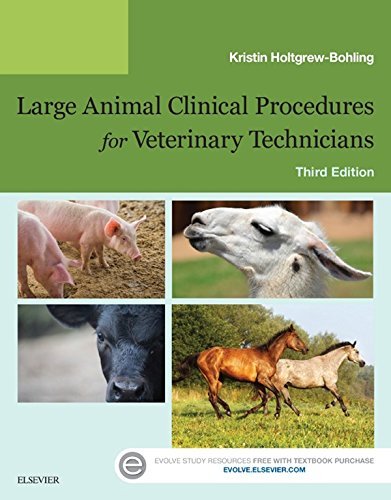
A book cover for Large Animal Clinical Procedures for Veterinary Technicians, 3e; Kristin J. Holtgrew-Bohling BS  AAS  LVT  RLATG; Medical Books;